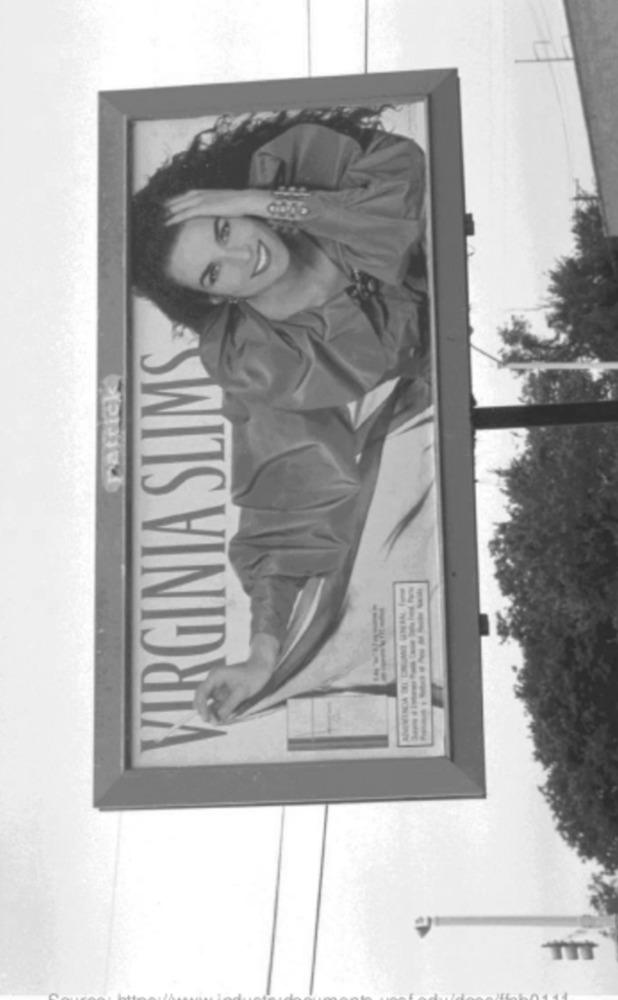
VIRGINIA SLIMS
Patrick